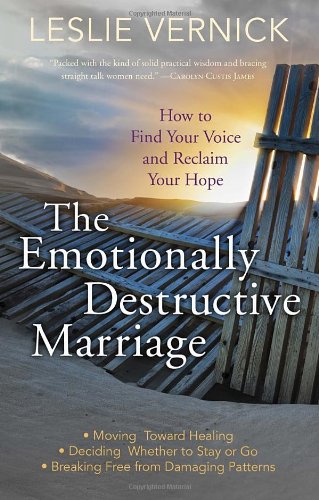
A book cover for The Emotionally Destructive Marriage: How to Find Your Voice and Reclaim Your Hope; Leslie Vernick; Parenting & Relationships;